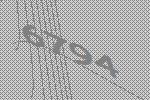
6794